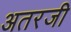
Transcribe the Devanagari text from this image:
अतरजी